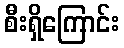
စီးရှိကြောင်း